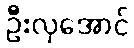
ဦးလှအောင်